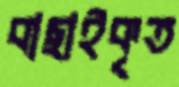
বাছাইকৃত